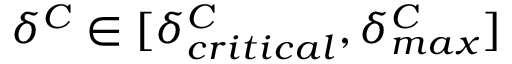
\delta ^ { C } \in [ \delta _ { c r i t i c a l } ^ { C } , \delta _ { m a x } ^ { C } ]